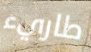
طاريء